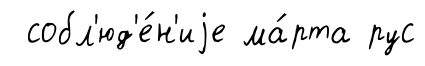
собл'юд'е́н'иjе ма́рта рус